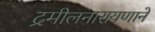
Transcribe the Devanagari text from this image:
द्रमीलनारायणाने